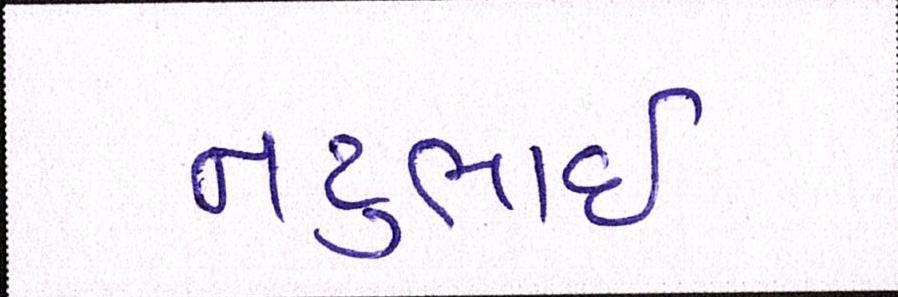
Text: નટુભાઈ